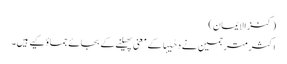
(کنزالایمان)
اکثر مترجمین نے دَحٰیہَا کے معنی پھیلنے کے بجائے جماؤکیے ہیں۔